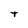
Character: t